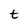
Character: t